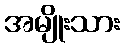
အမျိုးသား